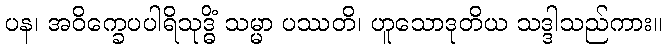
ပန၊ အဝိက္ခေပပါရိသုဒ္ဓိံ သမ္မာ ပဿတိ၊ ဟူသောဒုတိယ သဒ္ဒါသည်ကား။